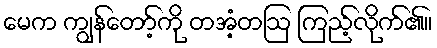
မေက ကျွန်တော့်ကို တအံ့တဩ ကြည့်လိုက်၏။